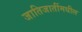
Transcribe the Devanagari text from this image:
जातिजातींमधील